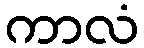
ကာလံ